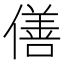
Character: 僐